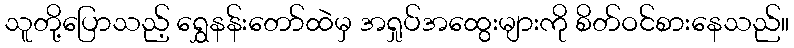
သူတို့ပြောသည့် ရွှေနန်းတော်ထဲမှ အရှုပ်အထွေးများကို စိတ်ဝင်စားနေသည်။